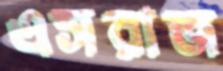
এসরাজ